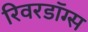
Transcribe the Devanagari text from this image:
रिवरडॉग्स